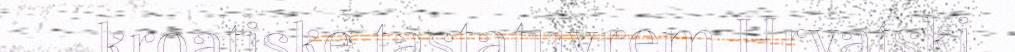
kroatiske tastatuvrem Hrvatski